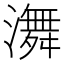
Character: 㵲